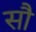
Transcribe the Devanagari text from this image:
साै